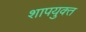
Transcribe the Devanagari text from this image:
शापयुक्‍त